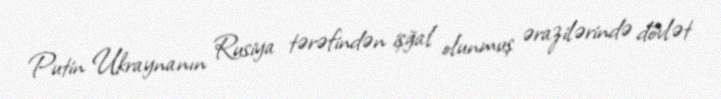
Putin Ukraynanın Rusiya tərəfindən işğal olunmuş ərazilərində dövlət